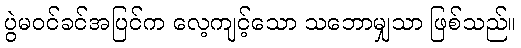
ပွဲမဝင်ခင်အပြင်က လေ့ကျင့်သော သဘောမျှသာ ဖြစ်သည်။